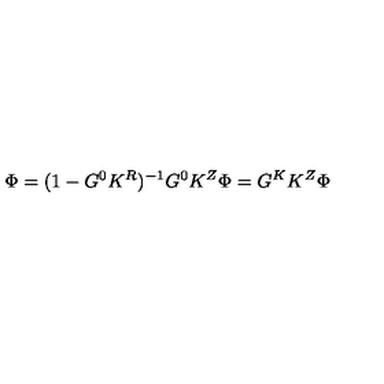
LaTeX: \Phi = ( 1 - G ^ { 0 } K ^ { R } ) ^ { - 1 } G ^ { 0 } K ^ { Z } \Phi = G ^ { K } K ^ { Z } \Phi